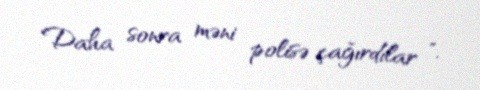
Daha sonra məni polisə çağırdılar ".